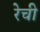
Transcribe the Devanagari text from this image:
रेची